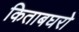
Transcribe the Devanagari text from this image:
किताबघरो